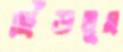
ছিঁড়লুম